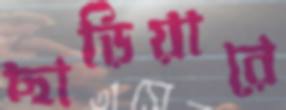
ছাড়িয়ারে